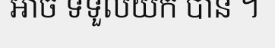
អាច ទទួលយក បាន ។